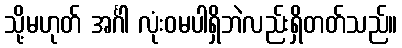
သို့မဟုတ် အင်္ဂါ လုံးဝမပါရှိဘဲလည်းရှိတတ်သည်။